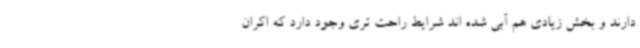
دارند و بخش زیادی هم آبی شده اند شرایط راحت تری وجود دارد که اکران